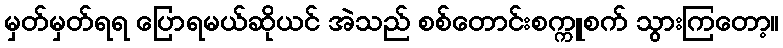
မှတ်မှတ်ရရ ပြောရမယ်ဆိုယင် အဲသည် စစ်တောင်းစက္ကူစက် သွားကြတော့။